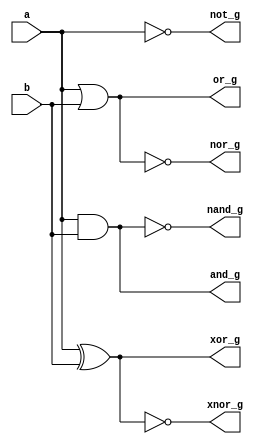
`timescale 1ns / 1ps
//////////////////////////////////////////////////////////////////////////////////
// Company: 
// Engineer: 
// 
// Design Name: 
// Module Name: Logic_gates__Gatelevel
// Project Name: 
// Target Devices: 
// Tool Versions: 
// Description: 
// 
// Dependencies: 
// 
// Revision:
// Revision 0.01 - File Created
// Additional Comments:
// 
//////////////////////////////////////////////////////////////////////////////////


module Logic_gates__Gatelevel(
    input a, b,
    output and_g, or_g, not_g, nand_g, nor_g, xor_g, xnor_g
    );
    
    and andgate(and_g, a, b);
    or orgate(or_g, a, b);
    not notgate(not_g, a);
    nand nandgate(nand_g, a, b);
    nor norgate(nor_g, a, b);
    xor xorgate(xor_g, a, b);
    xnor xnorgate(xnor_g, a, b);
endmodule